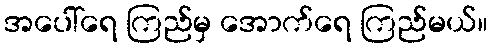
အပေါ်ရေ ကြည်မှ အောက်ရေ ကြည်မယ်။